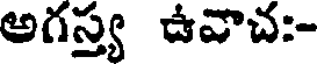
అగస్త్య ఉవాచ:-